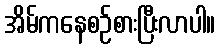
အိမ်ကနေစဉ်စားပြီးလာပါ။